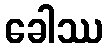
ခေါဿ